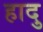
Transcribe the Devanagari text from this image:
हादु